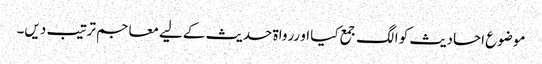
موضوع احادیث کو الگ جمع کیا او ررواۃ حدیث کےلیے معاجم ترتیب دیں۔